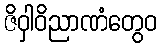
ဇိဝှါဝိညာဏံတွေဝ